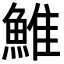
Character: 䱦